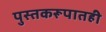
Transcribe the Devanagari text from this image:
पुस्तकरूपातही